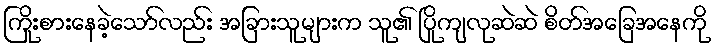
ကြိုးစားနေခဲ့သော်လည်း အခြားသူများက သူ၏ ပြိုကျလုဆဲဆဲ စိတ်အခြေအနေကို